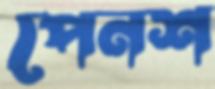
পেনশ